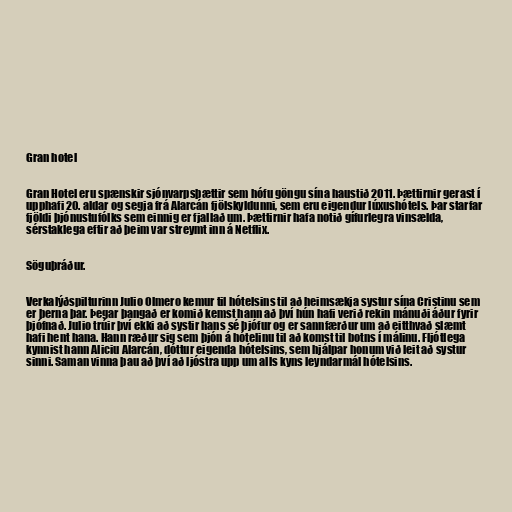
Gran hotel

Gran Hotel eru spænskir sjónvarpsþættir sem hófu göngu sína haustið 2011. Þættirnir gerast í
upphafi 20. aldar og segja frá Alarcán fjölskyldunni, sem eru eigendur lúxushótels. Þar starfar
fjöldi þjónustufólks sem einnig er fjallað um. Þættirnir hafa notið gífurlegra vinsælda,
sérstaklega eftir að þeim var streymt inn á Netflix.

Söguþráður.

Verkalýðspilturinn Julio Olmero kemur til hótelsins til að heimsækja systur sína Cristinu sem
er þerna þar. Þegar þangað er komið kemst hann að því hún hafi verið rekin mánuði áður fyrir
þjófnað. Julio trúir því ekki að systir hans sé þjófur og er sannfærður um að eitthvað slæmt
hafi hent hana. Hann ræður sig sem þjón á hótelinu til að komst til botns í málinu. Fljótlega
kynnist hann Aliciu Alarcán, dóttur eigenda hótelsins, sem hjálpar honum við leit að systur
sinni. Saman vinna þau að því að ljóstra upp um alls kyns leyndarmál hótelsins.